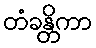
တံခန္တိကာ